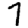
Digit: 7